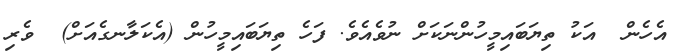
އެހެން  އަކު ތިޔަބައިމީހުންނަކަށް ނުވެއެވެ. ފަހެ ތިޔަބައިމީހުން (އެކަލާނގެއަށް)  ވެރި